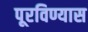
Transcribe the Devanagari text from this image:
पूरविण्यास